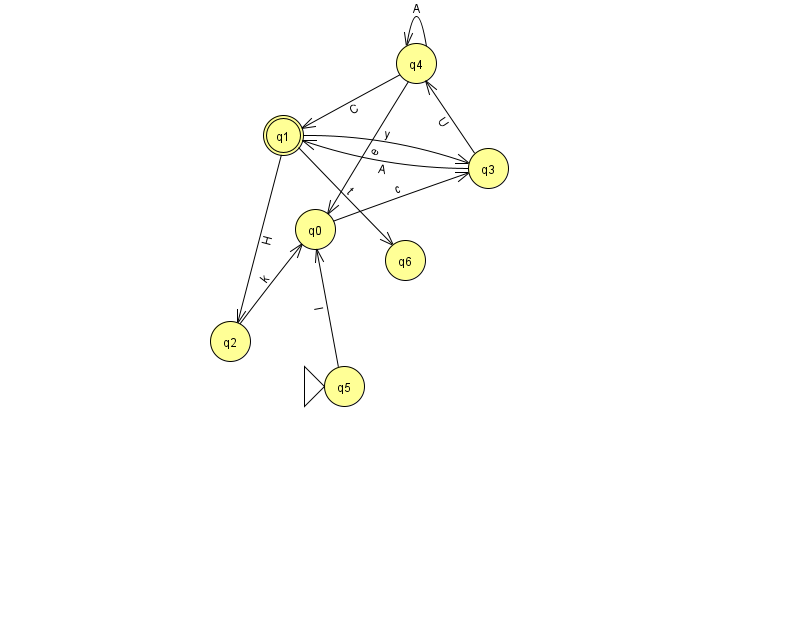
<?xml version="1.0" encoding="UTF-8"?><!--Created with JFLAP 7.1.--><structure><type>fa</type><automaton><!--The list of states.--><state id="0" name="q0"><x>315.0</x><y>216.0</y></state><state id="1" name="q1"><x>283.0</x><y>122.0</y><final/></state><state id="2" name="q2"><x>230.0</x><y>328.0</y></state><state id="3" name="q3"><x>488.0</x><y>155.0</y></state><state id="4" name="q4"><x>416.0</x><y>50.0</y></state><state id="5" name="q5"><x>344.0</x><y>373.0</y><initial/></state><state id="6" name="q6"><x>405.0</x><y>247.0</y></state><!--The list of transitions.--><transition><from>0</from><to>3</to><read>c</read></transition><transition><from>4</from><to>0</to><read>e</read></transition><transition><from>4</from><to>4</to><read>A</read></transition><transition><from>1</from><to>3</to><read>y</read></transition><transition><from>3</from><to>4</to><read>U</read></transition><transition><from>5</from><to>0</to><read>I</read></transition><transition><from>2</from><to>0</to><read>k</read></transition><transition><from>1</from><to>6</to><read>t</read></transition><transition><from>3</from><to>1</to><read>A</read></transition><transition><from>1</from><to>2</to><read>H</read></transition><transition><from>4</from><to>1</to><read>C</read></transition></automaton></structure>